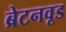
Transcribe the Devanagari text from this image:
ब्रेटनवूड